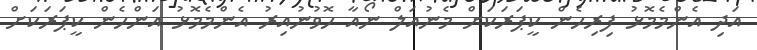
އަދި އެންމެމޮޅު ފިރިހެން ކީޕަރަކަށް މެނުއަލް ނޯއާ ހޮވުނުއިރު އެންމެމޮޅު އަންހެން ކީޕަރަކަށް